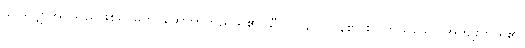
ဖွပ်လျှော်အပ်သည်ဖြစ်၍ ဓုတင်ဆောက်တည်သူ၏ သီလသည် လွန်စွာ စင်ကြယ်သော အကျိုးကို ရ၏၊